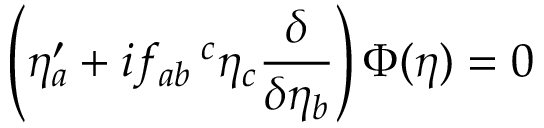
\left( \eta _ { a } ^ { \prime } + i f _ { a b } \! \! { \phantom { \eta } } ^ { c } \eta _ { c } \frac { \delta } { \delta \eta _ { b } } \right) \Phi ( \eta ) = 0